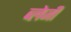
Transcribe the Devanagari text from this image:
ब्लेजी